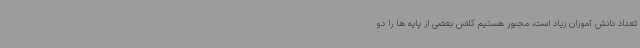
تعداد دانش آموزان زیاد است، مجبور هستیم کلاس بعضی از پایه ها را دو